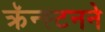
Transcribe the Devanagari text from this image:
क्रॅन्स्टनने